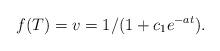
LaTeX: \begin{align*}f(T)=v=1/(1+c_{1}e^{-at}).\end{align*}